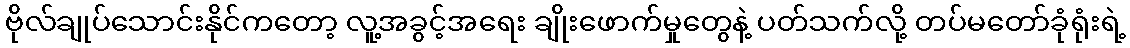
ဗိုလ်ချုပ်သောင်းနိုင်ကတော့ လူ့အခွင့်အရေး ချိုးဖောက်မှုတွေနဲ့ ပတ်သက်လို့ တပ်မတော်ခုံရုံးရဲ့